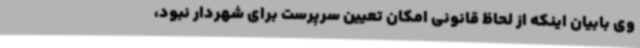
وی بابیان اینکه از لحاظ قانونی امکان تعیین سرپرست برای شهردار نبود،